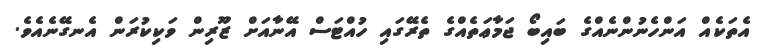
އެތަކެއް އަންހެނުންނެއްގެ ބައިބޯ ޖަމާޢަތެއްގެ ތެރޭގައި ހުއްޓަސް އޭނާއަށް ޒޫރިން ވަކިކުރަން އެނގޭނެއެވެ.